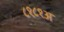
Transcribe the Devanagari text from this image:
८१८१अ